Bréfritari: Gunnlaugur Oddsson
Dagsetning: A-1897-05-25
Skrifað á: Glasgow, Skotlandi

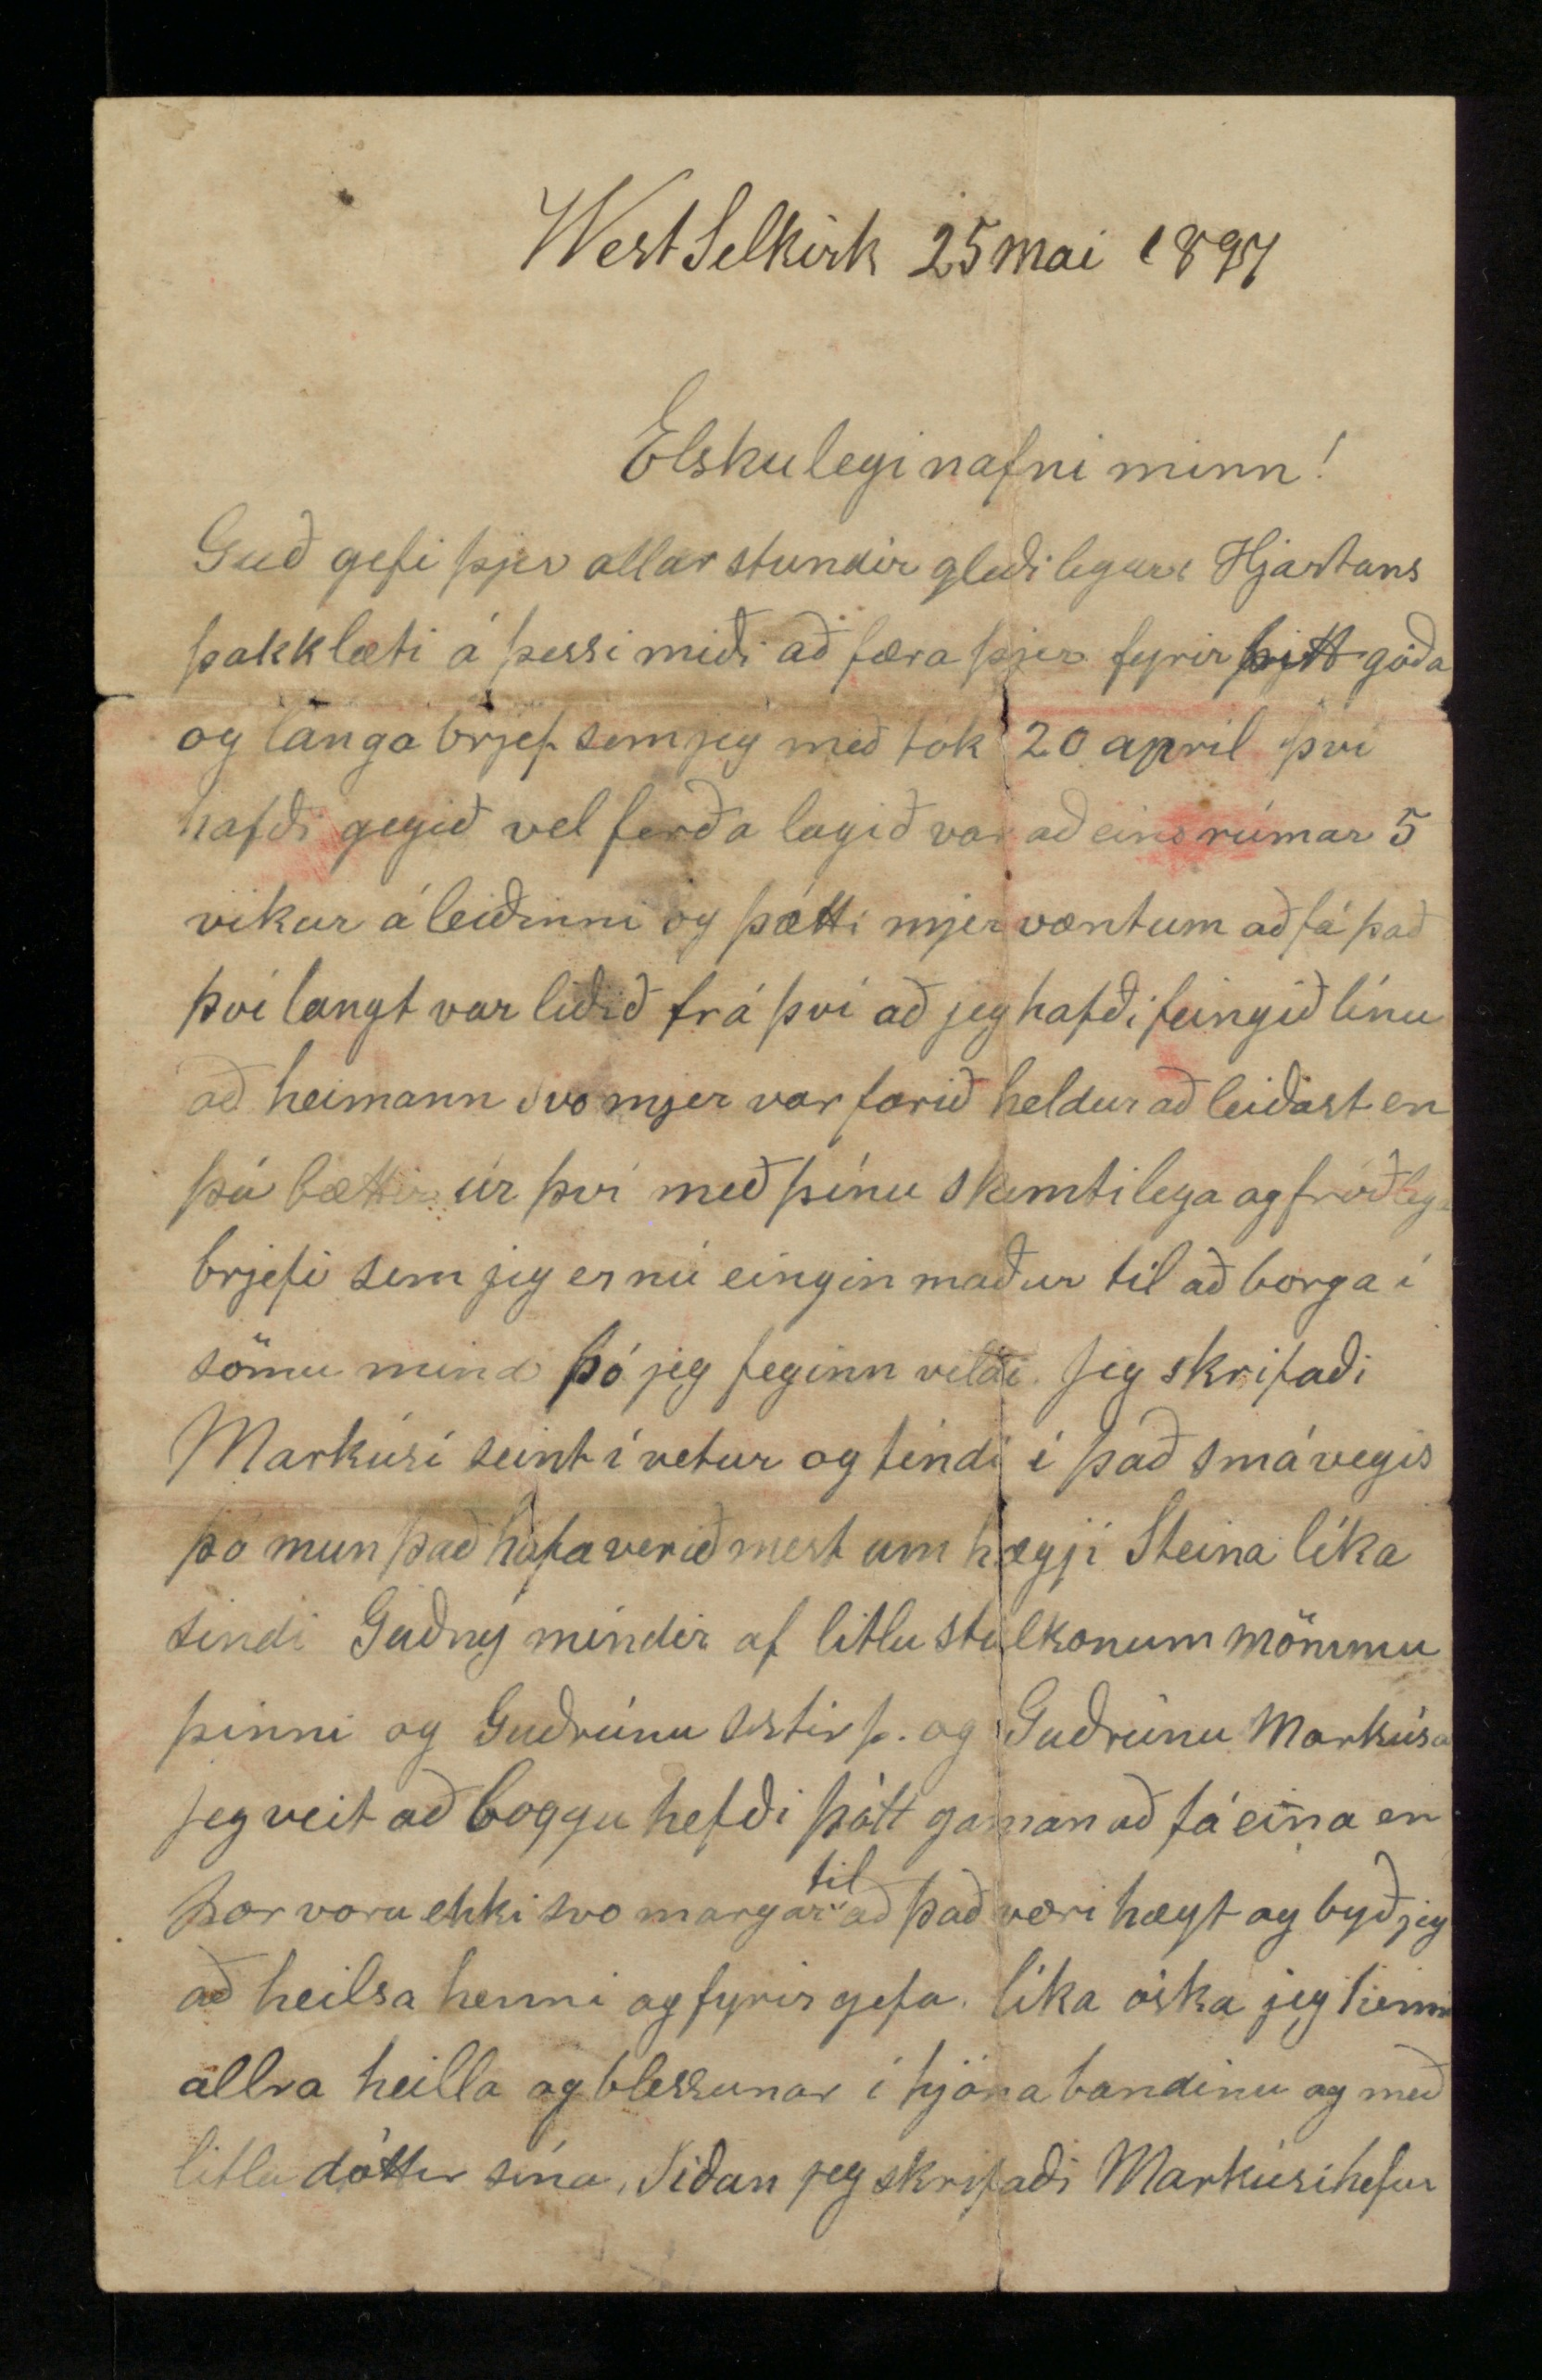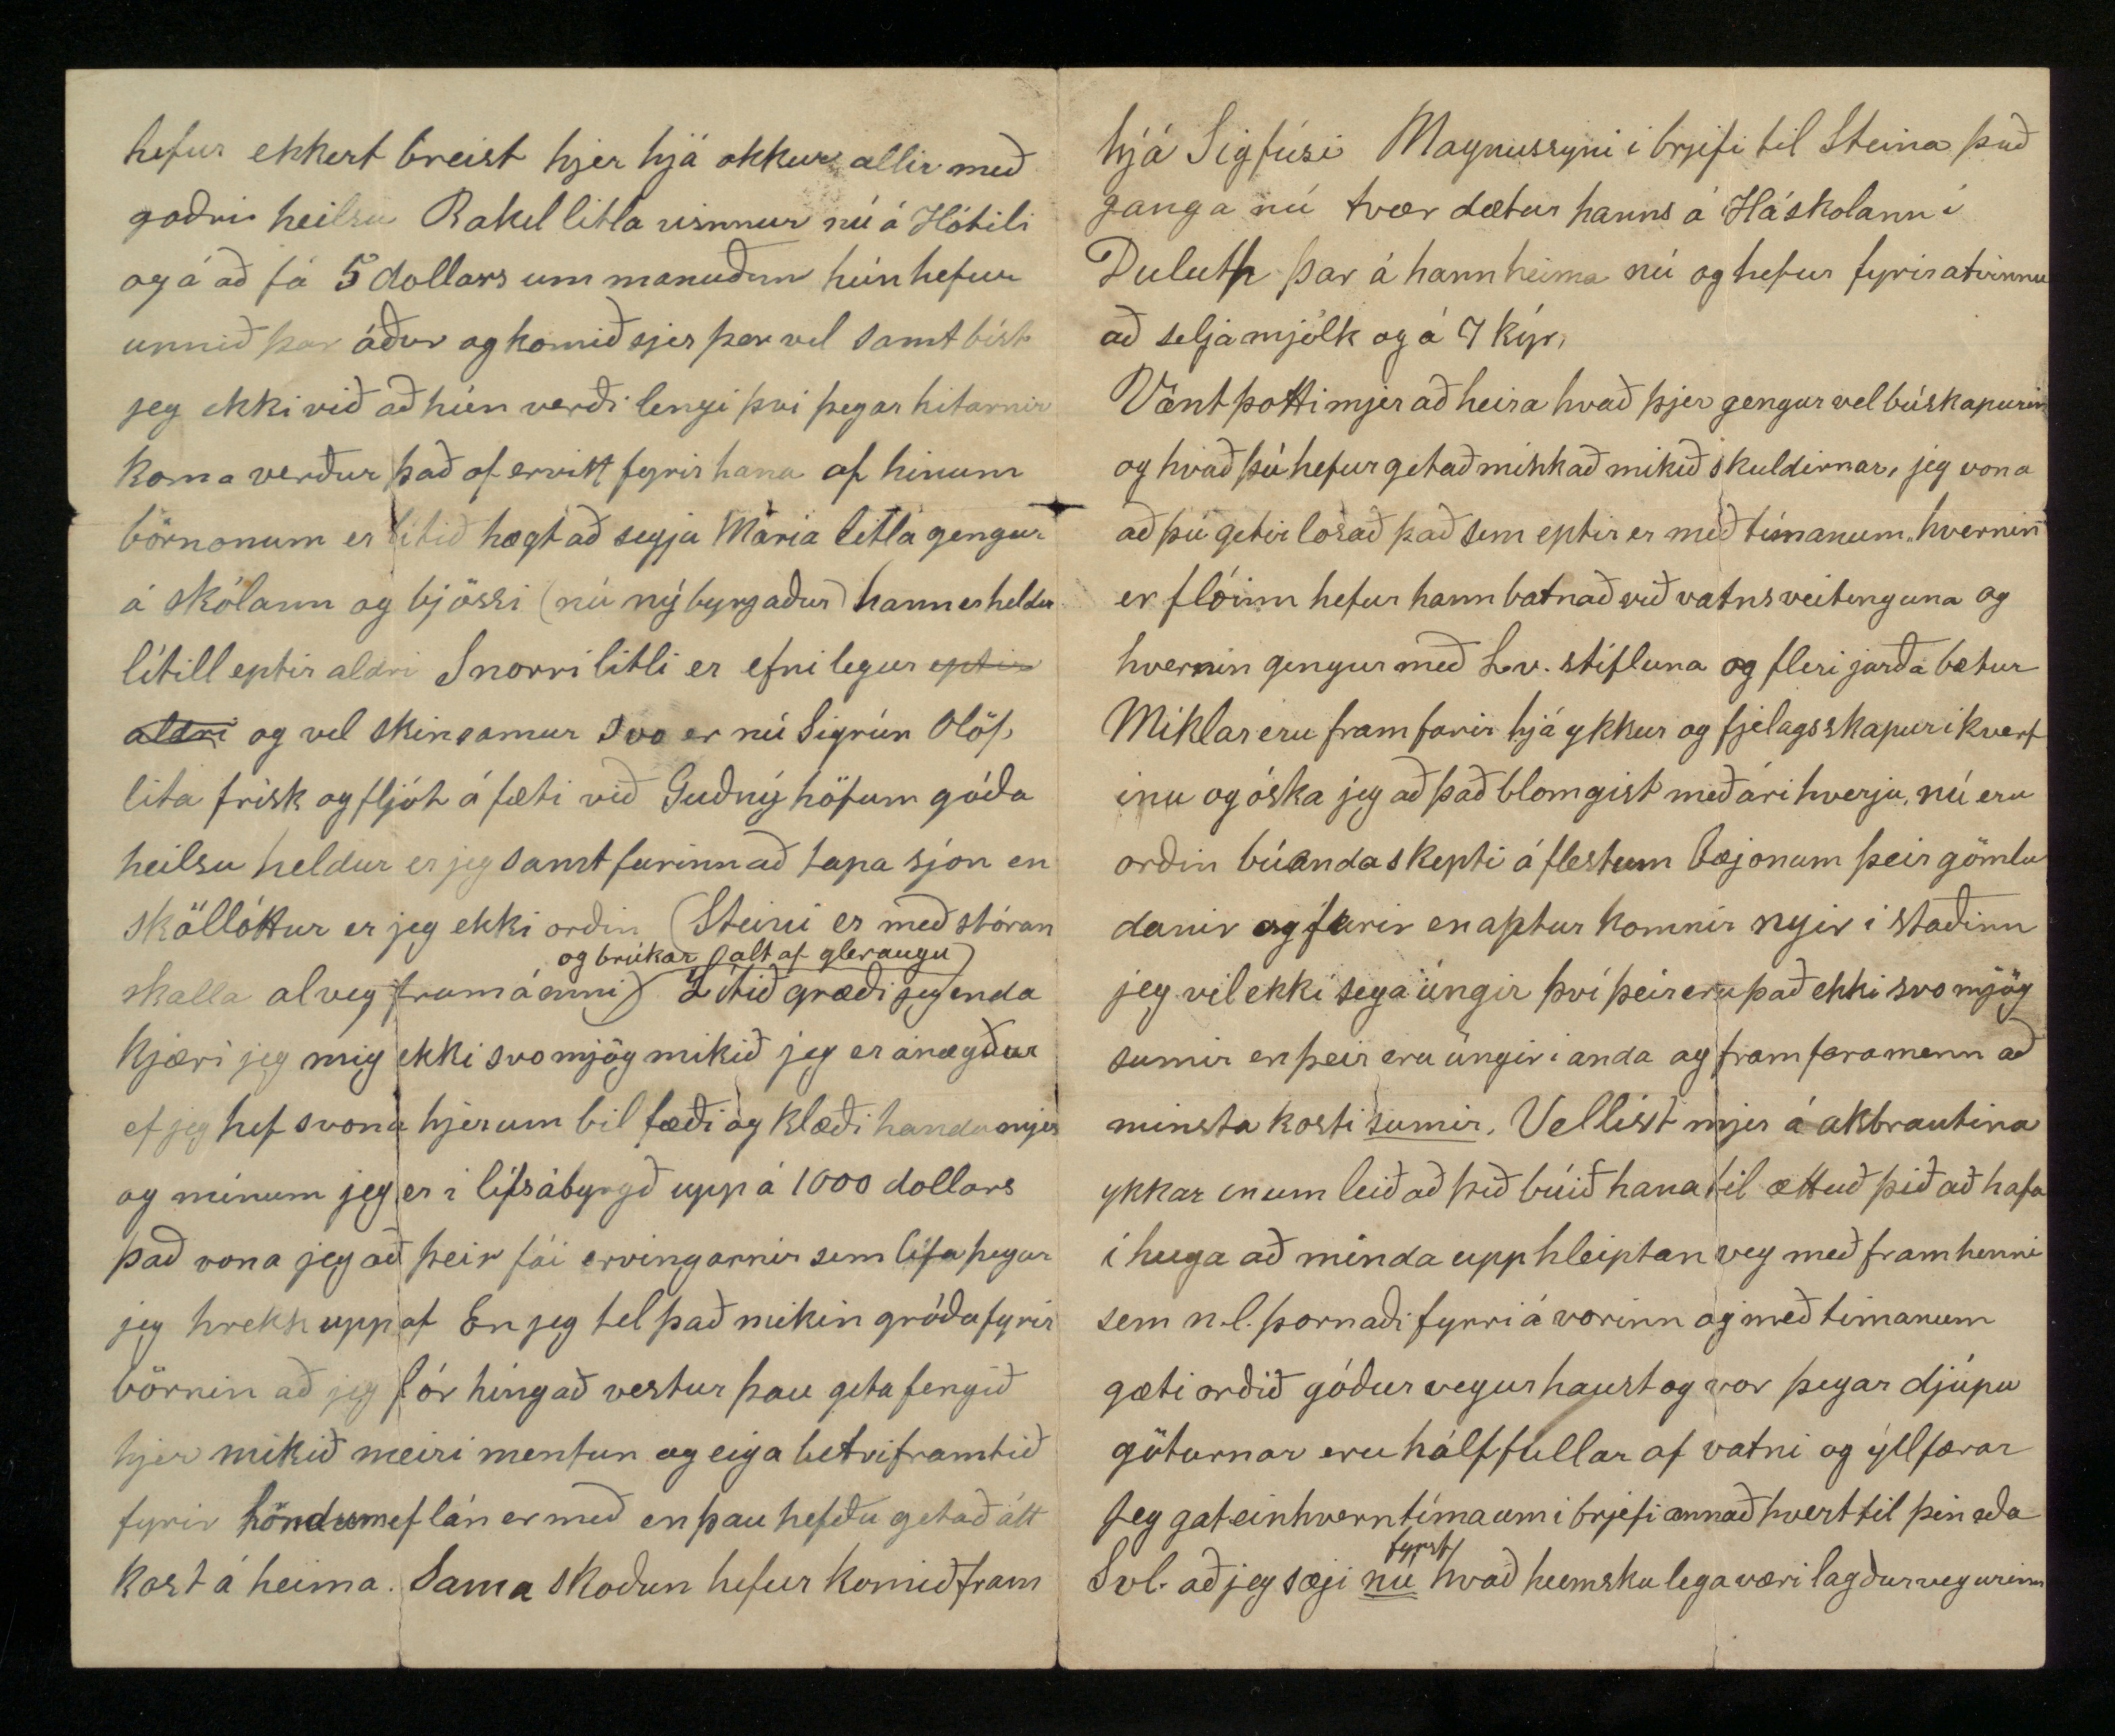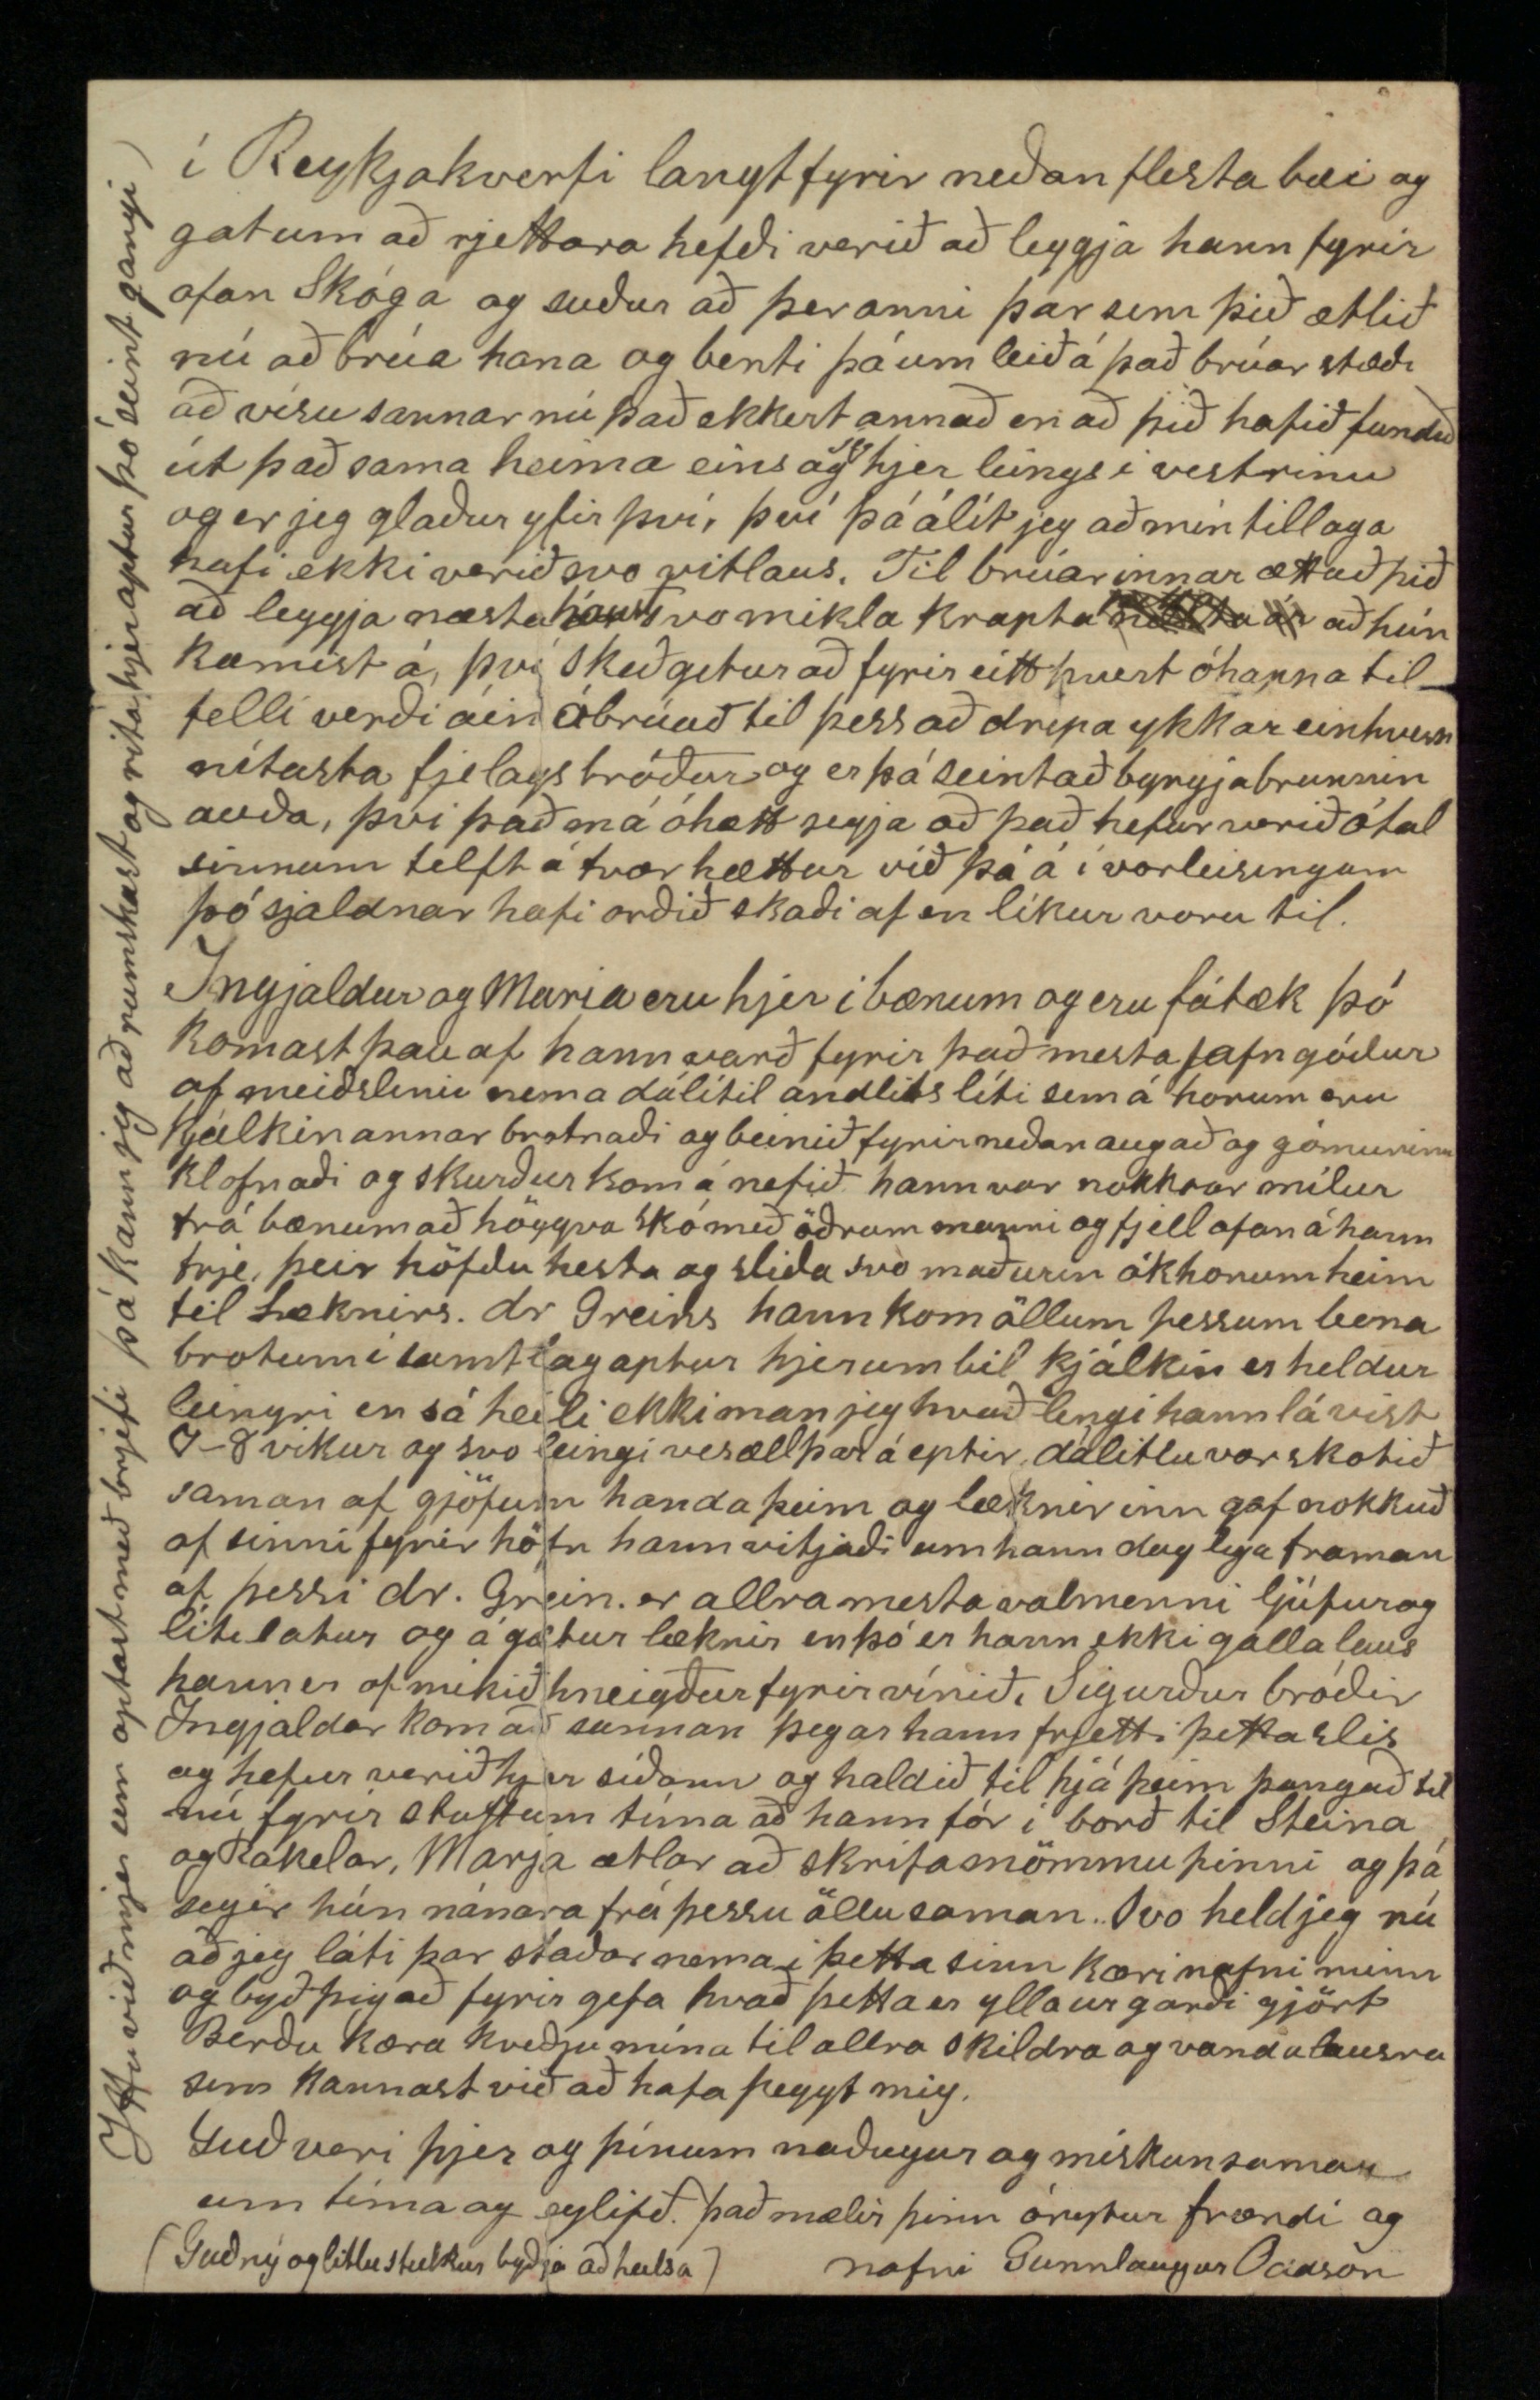

hefur ekkert breist hjer hjá okkur allir með goðri heilsu Rakel litla vinnur nú á Hóteli og á að fá 5 dollars um manuðinn hún hefur unnið þar áður og komið sjer þar vel samt bíst jeg ekki við að hún verði lengi því þegar hitarnir koma verður það of erfitt fyrir hana af hinum börnonum er lítið hægt að segja María litla gengur á skólann og bjössi (nú nýbyrjaður) hann er heldur lítill eptir aldri Snorri litli er efnilegur
eptir aldri
og vel skinsamur svo er nú Sigrún Olöf lita frísk og fljót á fæti við Guðný höfum góða heilsu heldur er jeg samt farinn að tapa sjón en sköllóttur er jeg ekki orðin (Steini er með stóran skalla alveg fram á enni)
og brúkar altaf gleraugu)
Lítið græði jeg enda kjæri jeg mig ekki svo mjög mikið jeg er ánægður ef jeg hef svona hjerum bil fæði og klæði handa mjer og mínum jeg er í lífsábyrgð upp á 1000 dollars það vona jeg að þeir fái ervingarnir sem lifa þegar jeg hrekk upp af En jeg tel það mikin gróða fyrir börnin að jeg fór híngað vestur þau geta fengið hjer mikið meiri mentun og eiga betri framtíð fyrir höndum ef lán er með en þau hefðu getað átt kost á heima. Sama skoðun hefur komið fram
Elskulegi nafni minn!
Guð gefi þjer allar stundir gleðilegar Hjartans þakklæti á þessi miði að færa þjer fyrir þitt góða og langa brjef sem jeg með tók 20 apríl því hafði gengið vel ferða lagið var aðeins rúmar 5 vikur á leiðinni og þotti mjer væntum að fá það því langt var liðið frá því að jeg hafði feingið línu að heimann svo mjer var farið heldur að leiðast en þú bættir úr því með þínu skemtilega og fróðlega brjefi sem jeg er nú eingin maður til að borga í sömu mind þó jeg feginn vildi. Jeg skrifaði Markúsi seint í vetur og tíndi í það smávegis þó mun það hafa verið mest um hægji Steina líka sendi Guðný mindir af litlu stúlkonum mömmu þinni og Guðrúnu sistir
þ
og Guðrúnu Markúsar jeg veit að boggu hefði þótt gaman að fá eina en þær voru ekki svo margar
til
að það væri hægt og byð jeg að heilsa henni og fyrirgefa líka óska jeg henni allra heilla og blessunar í hjónabandinu og með litlu dóttir sína, Síðan jeg skrifaði Markúsi hefur
hjá Sigfúsi Magnussyni í brjefi til Steina það ganga nú tvær dætur hanns á Háskolann í Duluth þar á hann heima nú og hefur fyrir atvinnu að selja mjólk og á 7 kýr.
Vænt þotti mjer að heira hvað þjer gengur vel búskapurin og hvað þú hefur getað minkað mikið skuldirnar, jeg vona að þú getir losað það sem eptir er með tímanum hvernin er flóinn hefur hann batnað við vatnsveitinguna og hvernin gengur með L.v. stífluna og fleiri jarðabætur Miklar eru framfarir hjá ykkur og fjelagsskapur í kverfinu og óska jeg að það blomgist með ári hverju nú eru orðin búandaskipti á flestum bæjonum þeir gömlu danir og farir en aptur komnir nyir í staðinn jeg vil ekki sega úngir því þeir eru það ekki svo mjög sumir en þeir eru úngir í anda og framfaramenn að minsta kosti
sumir
. Vel líst mjer á akbrautina ykkar en um leið að þið búið hana til ættuð þið að hafa í huga að minda upphleiptan veg með fram henni sem n.l. þornaði fyrri á vorinn og með tímanum gæti orðið góður vegur haust og vor þegar djúpu göturnar eru hálffullar af vatni og ýllfærar Jeg gat einhvern tíma um í brjefi annað hvert til þín eða Svb. að jeg sæji
nú
fyrst
hvað heimskulega væri lagður vegurinn
í Reykjahverfi langt fyrir neðan flesta bæi og gat um að rjettara hefði verið að leggja hann fyrir ofan Skóga og suður að Þeranni þar sem þið ætlið nú að brúa hana og benti þá um leið á það brúarstæði að vísu sannar nú það ekkert annað en að þið hafið fundið út það sama heima eins og
jeg
hjer leings í vestrinu og er jeg glaður yfir því, því þá álít jeg að mín tillaga hafi ekki verið svo vitlaus. Til brúarinnar ættuð þið að leggja næsta haust svo mikla krapta
næsta ár
að hún kæmist á því skeð getur að fyrir eitthvert óhappa til felli verði áin óbrúuð til þess að drepa ykkar einhvern nítasta fjelagsbróður og er þá seint að byrgja brunnin auða, því það má óhætt segja að það hefur verið ótal sinnum telft á tvær hættur við þá á í vorleisingum þó sjaldnar hafi orðið skaði af en líkur voru til.
Ingjaldur og Maria eru hjer í bænum og eru fátæk þó komast þau af hann varð fyrir það mesta jafngóður af meiðslinu nema dálítil andlits líti sem á honum eru kjálkin annar brotnaði og beinið fyrir neðan augað og gómurinn klofnaði og skurður kom á nefið hann var nokkrar mílur frá bænum að höggva skó með öðrum manni og fjell ofan á hann trje, þeir höfðu hesta og sleða svo maðurin ók honum heim til læknirs. dr Greins hann kom öllum þessa bena brotum í samt lag aptur hjerum bil kjálkin er heldur leingri en sá heili ekki man jeg hvað lengi hann lá vist 7-8 vikur og svo leingi vesæll þar á eptir, dálitlu var skotið saman af gjöfum handa þeim og læknirinn gaf nokkuð af sinni fyrir höfn hann vitjaði um hann daglega framan af þessi dr. Grein er allra mesta valmenni ljúfur og lítilatur og ágætur læknir en þó er hann ekki gallalaus hann er of mikið hneigður fyrir vínið, Sigurður bróðir Ingjaldar kom að sunnan þegar hann frjetti þetta slis og hefur verið hjer síðann og haldið til hjá þeim þangað til nú fyrir stuttum tíma að hann fór í borð til Steina og Rakelar, Marja ætlar að skrifa mömmu þinni og þá segir hún nánara frá þessu öllu saman. Svo held jeg nú að jeg láti þar staðar nema í þetta sinn kæri nafni minn og byð þig að fyrir gefa hvað þetta er ylla ur garði gjört Berðu kæra kveðju mína til allra skildra og vandalausra sem kannast við að hafa þeggt mig.
Guð veri þjer og þínum naðugur og miskunsamur um tíma og eylífð. það mælir þinn ónytur frændi og og nafni Gunnlaugur Oddson
(Guðnú og litlu stulkur biðja að heilsa)
Ittu við mjer sem optast með brjefi þá kann jeg að rumskast og rita þjer aptur þó seint gangi)